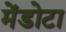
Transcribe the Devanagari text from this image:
मेंडोटा